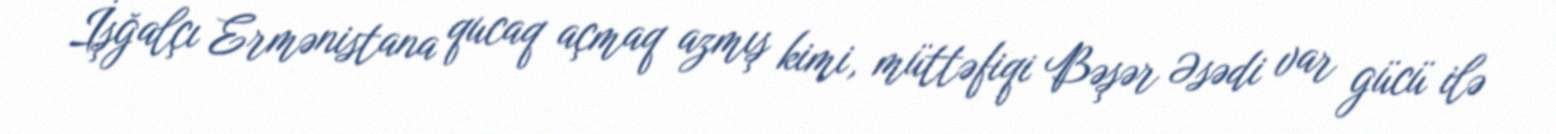
İşğalçı Ermənistana qucaq açmaq azmış kimi, müttəfiqi Bəşər Əsədi var gücü ilə